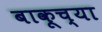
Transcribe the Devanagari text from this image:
बाकूच्या